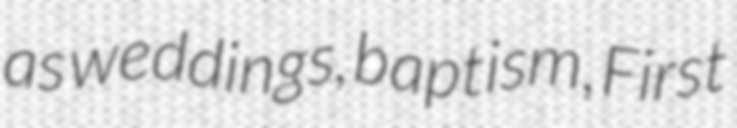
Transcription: as weddings, baptism, First